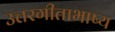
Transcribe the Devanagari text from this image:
उत्तरगीताभाष्य